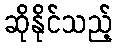
ဆိုနိုင်သည့်